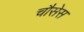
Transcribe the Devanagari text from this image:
चौसेस